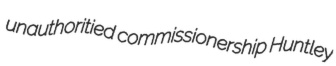
unauthoritied commissionership Huntley